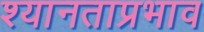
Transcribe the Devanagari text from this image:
श्यानताप्रभाव